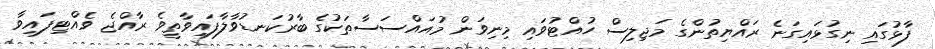
ފާޅުގައި ނިގުޅައިގަނެ ރައްޔިތުންގެ މަޖިލިސް ހުއްޓުވައި މިނިވަން މުއައްސަސާތަކުގެ ބާރުކަނޑުވާލާފައިވާތީވެ ރާއްޖެ ވެއްޓިފައިވާ